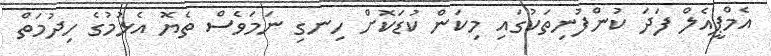
އެމްޕީއެލް ފަދަ ކުންފުނިތަކުގައި މިކަން ކުޑަކޮށް ހިނގި ނަމަވެސް ތެޔޮ އެޅުމުގެ ހިދުމަތް